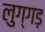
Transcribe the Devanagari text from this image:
लुग्गड़